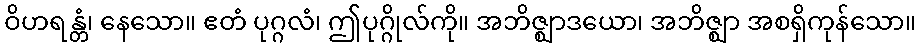
ဝိဟရန္တံ၊ နေသော။ ဧတံ ပုဂ္ဂလံ၊ ဤပုဂ္ဂိုလ်ကို။ အဘိဇ္ဈာဒယော၊ အဘိဇ္ဈာ အစရှိကုန်သော။